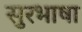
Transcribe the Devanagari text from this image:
सुरभाषा